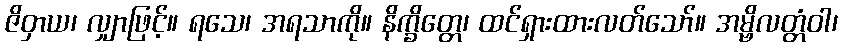
ဇိဝှာယ၊ လျှာဖြင့်။ ရသေ၊ အရသာကို။ နိက္ခိတ္တေ၊ ထင်ရှားထားလတ်သော်။ အမ္ဗိလတ္တံဝါ၊